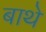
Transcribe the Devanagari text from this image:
बाथे